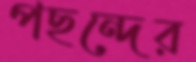
পছন্দের